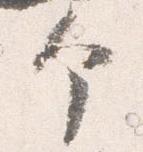
个